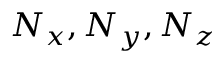
N _ { x } , N _ { y } , N _ { z }